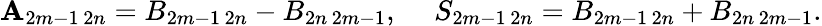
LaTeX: \mathbf{A}_{2m-1\, 2n}=B_{2m-1\, 2n}-B_{2n\, 2m-1},~~~~~S_{2m-1\, 2n}=B_{2m-1\, 2n}+B_{2n\, 2m-1}.